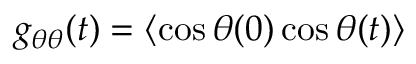
g _ { \theta \theta } ( t ) = \langle \cos \theta ( 0 ) \cos \theta ( t ) \rangle